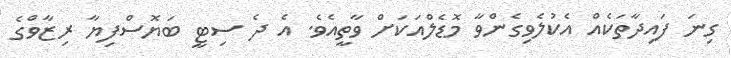
ގިނަ ފައިދާތަކެއް އެކުލެވިގެންވާ މޮޑެލްއަކަށް ވާތީއެވެ. އެ ދެ ސިޓީ ބަޔޮސްފިޔާ ރިޒާވްގެ